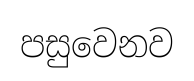
පසුවෙනව